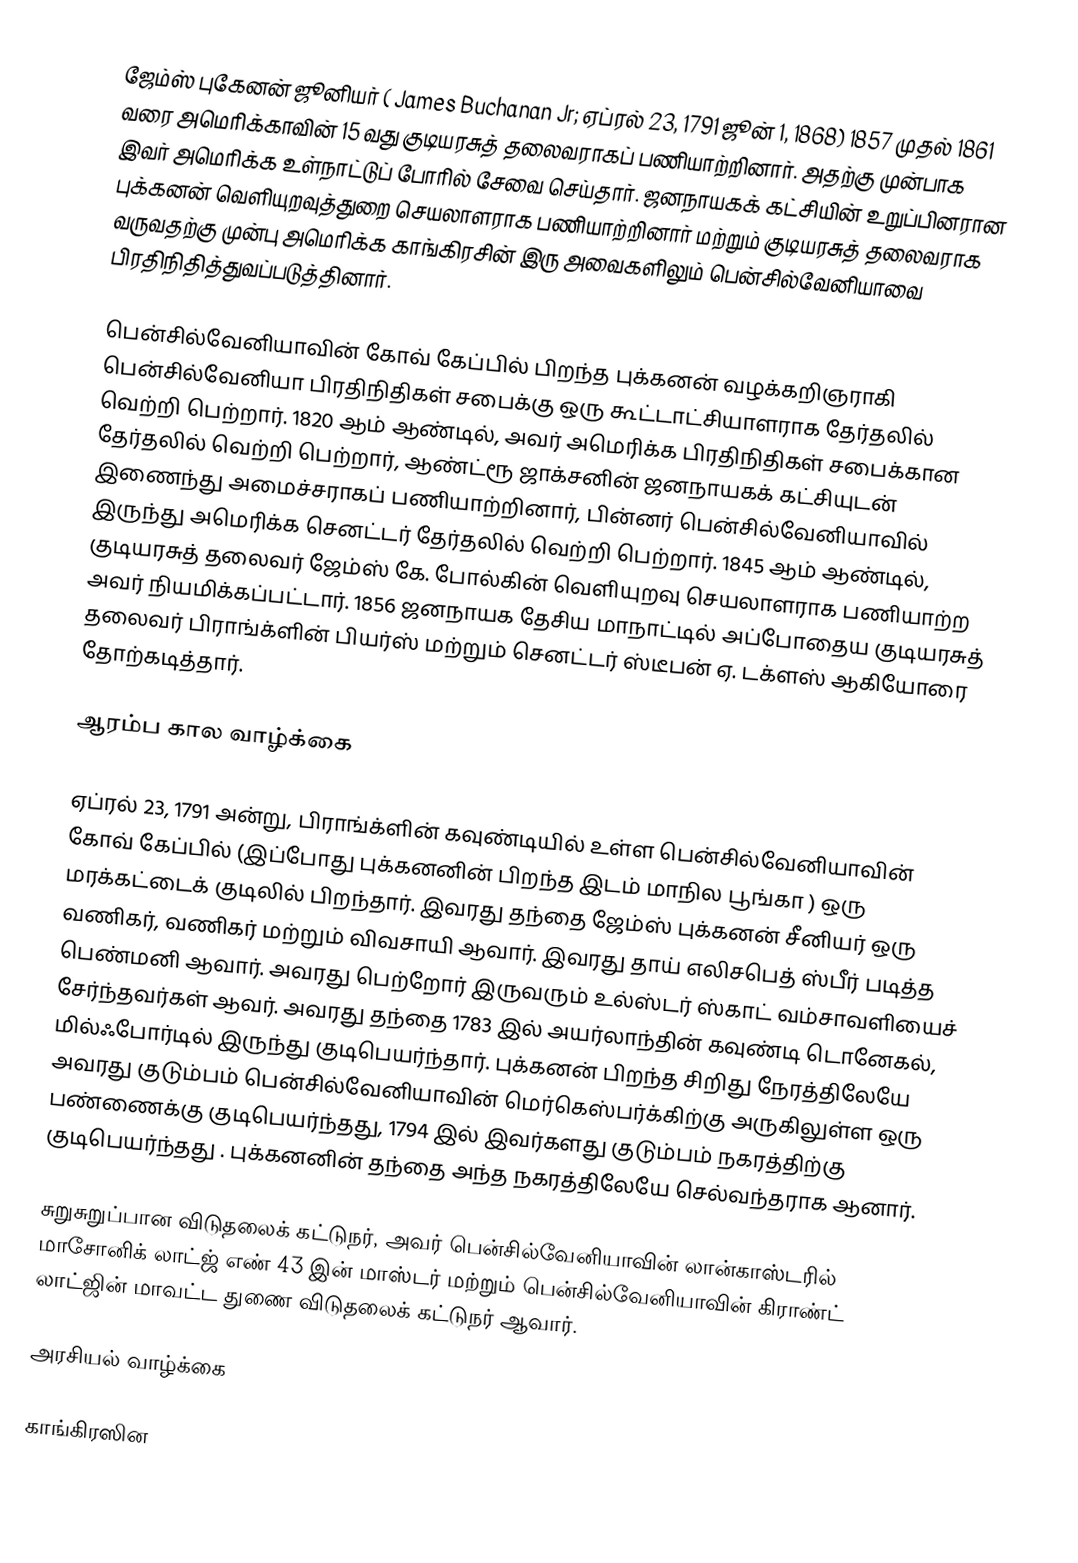
ஜேம்ஸ் புகேனன் ஜூனியர் ( James Buchanan Jr; ஏப்ரல் 23, 1791    ஜூன் 1, 1868) 1857 முதல் 1861 வரை அமெரிக்காவின் 15 வது குடியரசுத் தலைவராகப் பணியாற்றினார். அதற்கு முன்பாக இவர் அமெரிக்க உள்நாட்டுப் போரில்  சேவை செய்தார்.  ஜனநாயகக் கட்சியின் உறுப்பினரான புக்கனன் வெளியுறவுத்துறை செயலாளராக பணியாற்றினார் மற்றும் குடியரசுத் தலைவராக வருவதற்கு முன்பு அமெரிக்க காங்கிரசின் இரு அவைகளிலும் பென்சில்வேனியாவை பிரதிநிதித்துவப்படுத்தினார்.

பென்சில்வேனியாவின் கோவ் கேப்பில் பிறந்த புக்கனன் வழக்கறிஞராகி பென்சில்வேனியா பிரதிநிதிகள் சபைக்கு ஒரு கூட்டாட்சியாளராக தேர்தலில் வெற்றி பெற்றார். 1820 ஆம் ஆண்டில், அவர் அமெரிக்க பிரதிநிதிகள் சபைக்கான  தேர்தலில் வெற்றி பெற்றார், ஆண்ட்ரூ ஜாக்சனின் ஜனநாயகக் கட்சியுடன் இணைந்து அமைச்சராகப் பணியாற்றினார், பின்னர் பென்சில்வேனியாவில் இருந்து  அமெரிக்க செனட்டர் தேர்தலில் வெற்றி பெற்றார். 1845 ஆம் ஆண்டில், குடியரசுத் தலைவர் ஜேம்ஸ் கே. போல்கின் வெளியுறவு செயலாளராக பணியாற்ற அவர் நியமிக்கப்பட்டார். 1856 ஜனநாயக தேசிய மாநாட்டில் அப்போதைய குடியரசுத் தலைவர் பிராங்க்ளின் பியர்ஸ் மற்றும் செனட்டர் ஸ்டீபன் ஏ. டக்ளஸ் ஆகியோரை தோற்கடித்தார்.

ஆரம்ப கால வாழ்க்கை

ஏப்ரல் 23, 1791 அன்று, பிராங்க்ளின் கவுண்டியில் உள்ள பென்சில்வேனியாவின் கோவ் கேப்பில் (இப்போது புக்கனனின் பிறந்த இடம் மாநில பூங்கா ) ஒரு மரக்கட்டைக் குடிலில் பிறந்தார். இவரது தந்தை ஜேம்ஸ் புக்கனன்  சீனியர் ஒரு வணிகர், வணிகர் மற்றும் விவசாயி  ஆவார். இவரது தாய் எலிசபெத் ஸ்பீர் படித்த பெண்மனி ஆவார். அவரது பெற்றோர் இருவரும் உல்ஸ்டர் ஸ்காட் வம்சாவளியைச் சேர்ந்தவர்கள் ஆவர். அவரது தந்தை 1783 இல் அயர்லாந்தின் கவுண்டி டொனேகல், மில்ஃபோர்டில் இருந்து குடிபெயர்ந்தார். புக்கனன் பிறந்த சிறிது நேரத்திலேயே  அவரது குடும்பம் பென்சில்வேனியாவின் மெர்கெஸ்பர்க்கிற்கு அருகிலுள்ள ஒரு பண்ணைக்கு குடிபெயர்ந்தது, 1794 இல் இவர்களது குடும்பம் நகரத்திற்கு குடிபெயர்ந்தது . புக்கனனின் தந்தை அந்த நகரத்திலேயே செல்வந்தராக ஆனார்.

சுறுசுறுப்பான விடுதலைக் கட்டுநர், அவர் பென்சில்வேனியாவின் லான்காஸ்டரில் மாசோனிக் லாட்ஜ் எண் 43 இன் மாஸ்டர் மற்றும் பென்சில்வேனியாவின் கிராண்ட் லாட்ஜின் மாவட்ட துணை விடுதலைக் கட்டுநர் ஆவார்.

அரசியல் வாழ்க்கை

காங்கிரஸின